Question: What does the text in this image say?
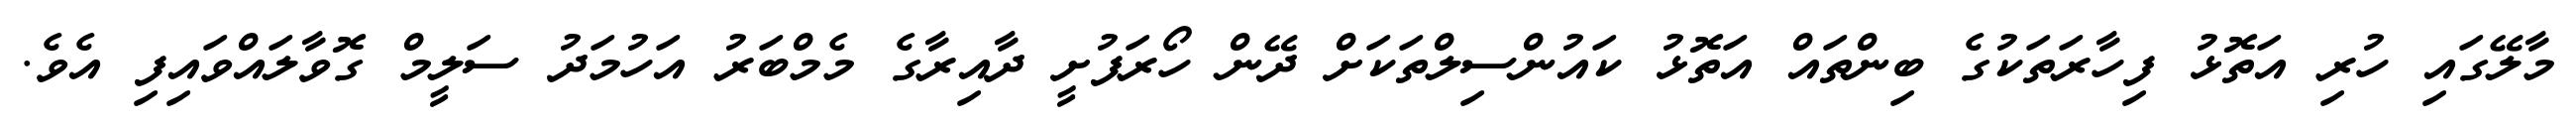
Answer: މާލޭގައި ހުރި އަތޮޅު ފިހާރަތަކުގެ ބިންތައް އަތޮޅު ކައުންސިލްތަކަށް ދޭން ހޯރަފުށީ ދާއިރާގެ މެމްބަރު އަހުމަދު ސަލީމް ގޮވާލައްވައިފި އެވެ.